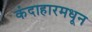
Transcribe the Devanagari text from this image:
कंदाहारमधून